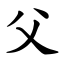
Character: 父